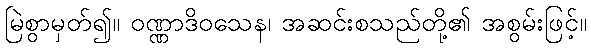
မြဲစွာမှတ်၍။ ဝဏ္ဏာဒိဝသေန၊ အဆင်းစသည်တို့၏ အစွမ်းဖြင့်။